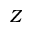
Z